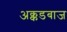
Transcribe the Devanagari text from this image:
अक्कडबाज